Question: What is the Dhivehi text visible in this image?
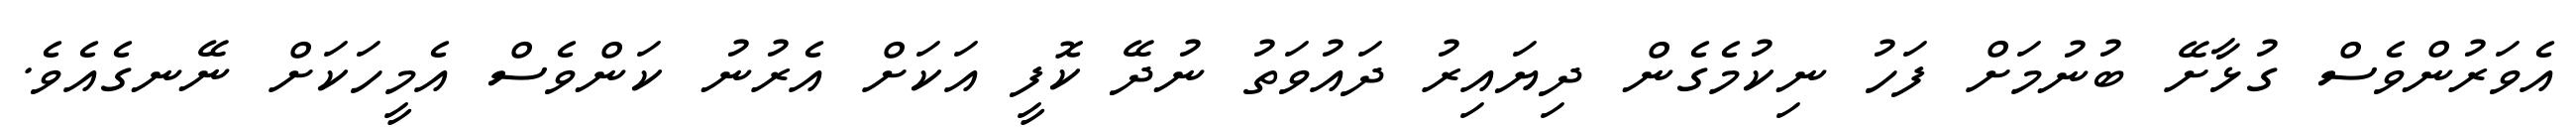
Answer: އެވަރުންވެސް ގުޅާށޭ ބުނުމަށް ފަހު ނިކުމެގެން ދިޔައިރު ދައުވަތު ނުދޭ ކޮފީ އަކަށް އެރުނު ކަންވެސް އެމީހަކަށް ނޭނގެއެވެ.